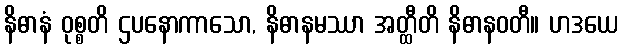
နိဓာနံ ဝုစ္စတိ ဌပနောကာသော, နိဓာနမဿာ အတ္ထီတိ နိဓာနဝတီ။ ဟဒယေ